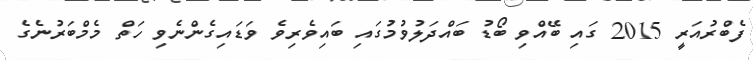
ފެބްރުއަރީ 2015 ގައި ބޭއްވި ބޯޑު ބައްދަލުވުމުގައި ބައިވެރިވެ ވަޑައިގެންނެވި ހަތް މެމްބަރުނެގެ